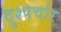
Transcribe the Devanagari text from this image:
दुश्पर्चार